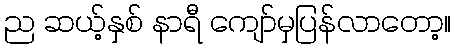
ည ဆယ့်နှစ် နာရီ ကျော်မှပြန်လာတော့။